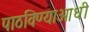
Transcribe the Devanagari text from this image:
पाठविण्याआधी